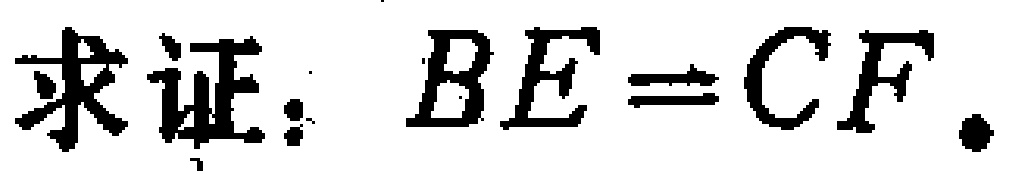
求证：\(BE = CF\).